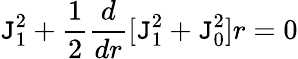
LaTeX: \mathtt{J}_{1}^{2}+\frac{{1}}{{2}}\frac{{d}}{{dr}}[\mathtt{J}_{1}^{2}+\mathtt{J}_{0}^{2}]r=0